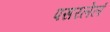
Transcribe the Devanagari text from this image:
पसरलेलं